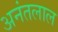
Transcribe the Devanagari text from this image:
अनंतलाल